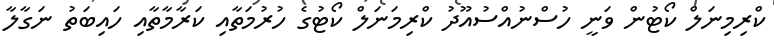
ކްރިމިނަލް ކޯޓުން ވަނީ ހުސްނުއްސުއޫދު ކްރިމަނަލް ކޯޓުގެ ހުރުމަތާއި ކަރާމާތާއި ހައިބަތު ނަގާލާ